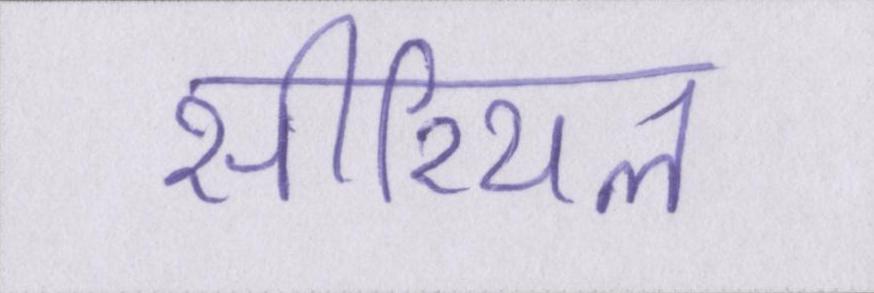
सीरियल